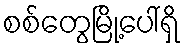
စစ်တွေမြို့ပေါ်ရှိ